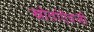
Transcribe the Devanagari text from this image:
स्रोतांऐवजी